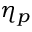
\eta _ { p }